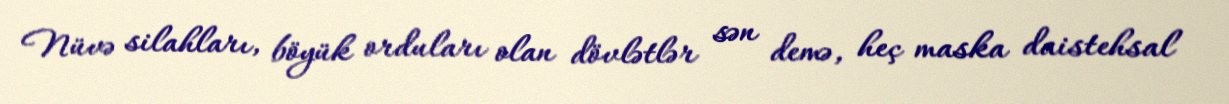
Nüvə silahları, böyük orduları olan dövlətlər sən demə, heç maska daistehsal